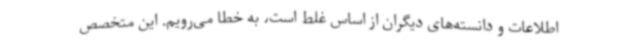
اطلاعات و دانسته‌های دیگران از اساس غلط است، به خطا می‌رویم. این متخصص